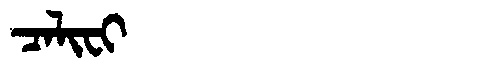
Manchu: ᠴᠠᠯᡳᠸᡳ
Romanization: CALIFI